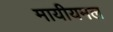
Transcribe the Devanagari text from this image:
मायीयमल